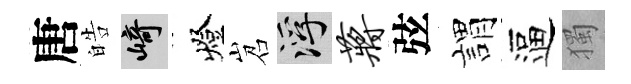
唐皓崎燈岧浮蒋弦謂逼獨